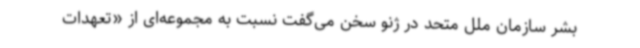
بشر سازمان ملل متحد در ژنو سخن می‌گفت نسبت به مجموعه‌ای از «تعهدات